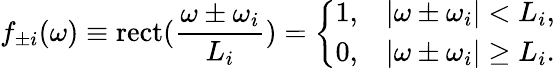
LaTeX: f_{\pm i}(\omega)\equiv\mathrm{rect}(\frac{\omega\pm\omega_{i}}{L_{i}})=\left\{ \begin{array}{ll}{1,}&{|\omega\pm\omega_{i}|<L_{i},}\\ {0,}&{|\omega\pm\omega_{i}|\geq L_{i}.}\end{array}\right.